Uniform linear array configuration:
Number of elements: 4
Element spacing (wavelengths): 0.25
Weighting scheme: hann
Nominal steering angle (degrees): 15
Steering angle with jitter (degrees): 14.534
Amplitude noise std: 0.05
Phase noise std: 0.05

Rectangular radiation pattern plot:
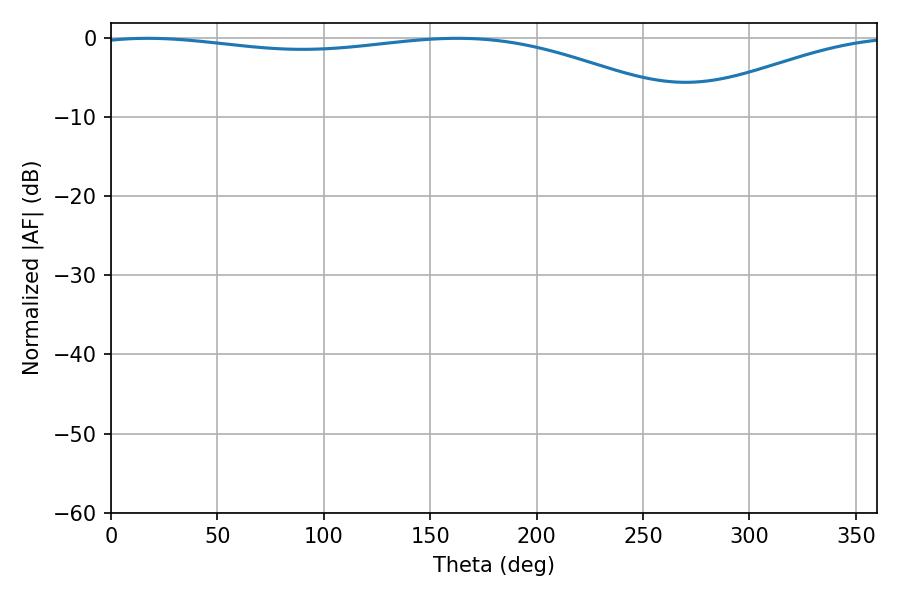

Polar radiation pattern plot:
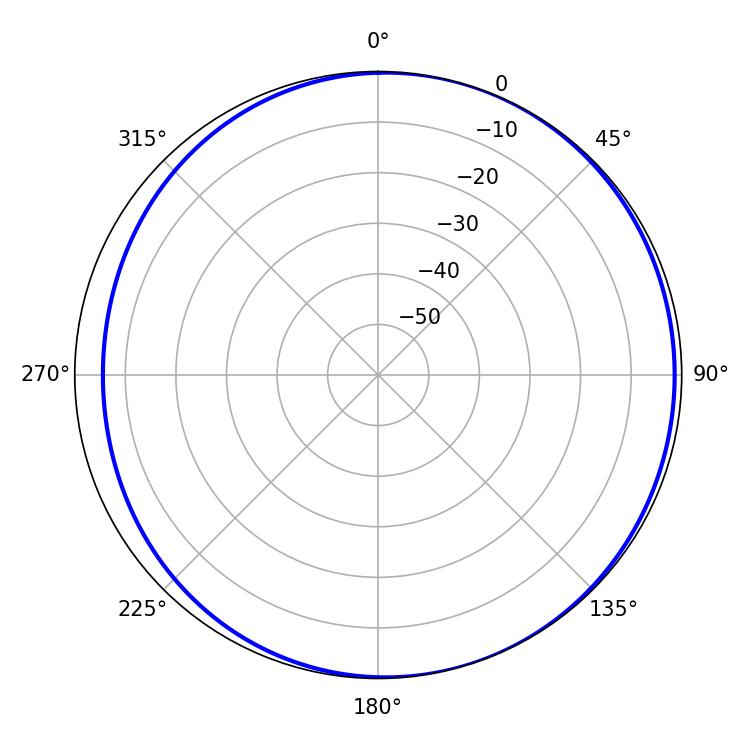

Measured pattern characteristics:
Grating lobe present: FALSE
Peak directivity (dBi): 3.996
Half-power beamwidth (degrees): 224.82
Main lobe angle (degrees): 17.28